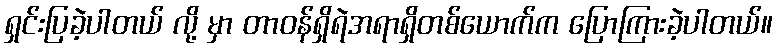
ရှင်းပြခဲ့ပါတယ် လို့ မှာ တာဝန်ရှိရဲအရာရှိတစ်ယောက်က ပြောကြားခဲ့ပါတယ်။